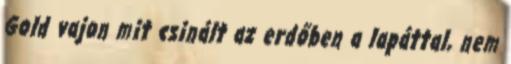
Gold vajon mit csinált az erdőben a lapáttal, nem